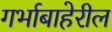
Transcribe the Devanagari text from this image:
गर्भाबाहेरील